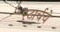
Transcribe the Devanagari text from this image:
स्टार्चचे